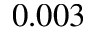
0 . 0 0 3